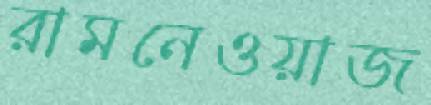
রামনেওয়াজ